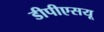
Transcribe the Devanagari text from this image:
डीपीएसयू